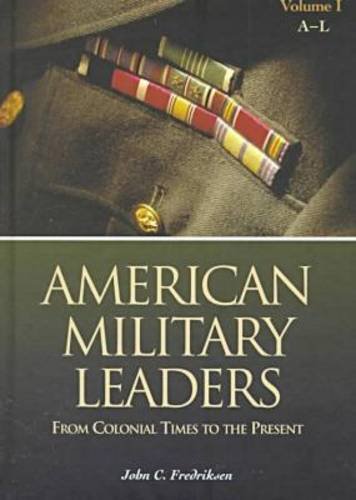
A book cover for American Military Leaders: From Colonial Times to the Present: American Military Leaders [2 volumes]: From Colonial Times to the Present; John C. Fredriksen; Teen & Young Adult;